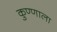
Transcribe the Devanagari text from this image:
कुण्णाला